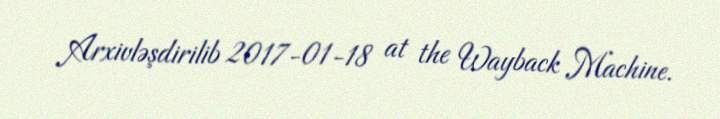
Arxivləşdirilib 2017-01-18 at the Wayback Machine.